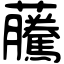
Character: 虅